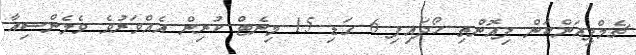
ޗެމްޕިއަންކަން ފިއޮންތި ހޯދައިފި 6 ގަޑި 15 މިނެޓް ކުރިން އެއްވަރުވެ ވެލެންސިއާ